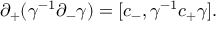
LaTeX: \partial _ { + } ( \gamma ^ { - 1 } \partial _ { - } \gamma ) = [ c _ { - } , \gamma ^ { - 1 } c _ { + } \gamma ] .